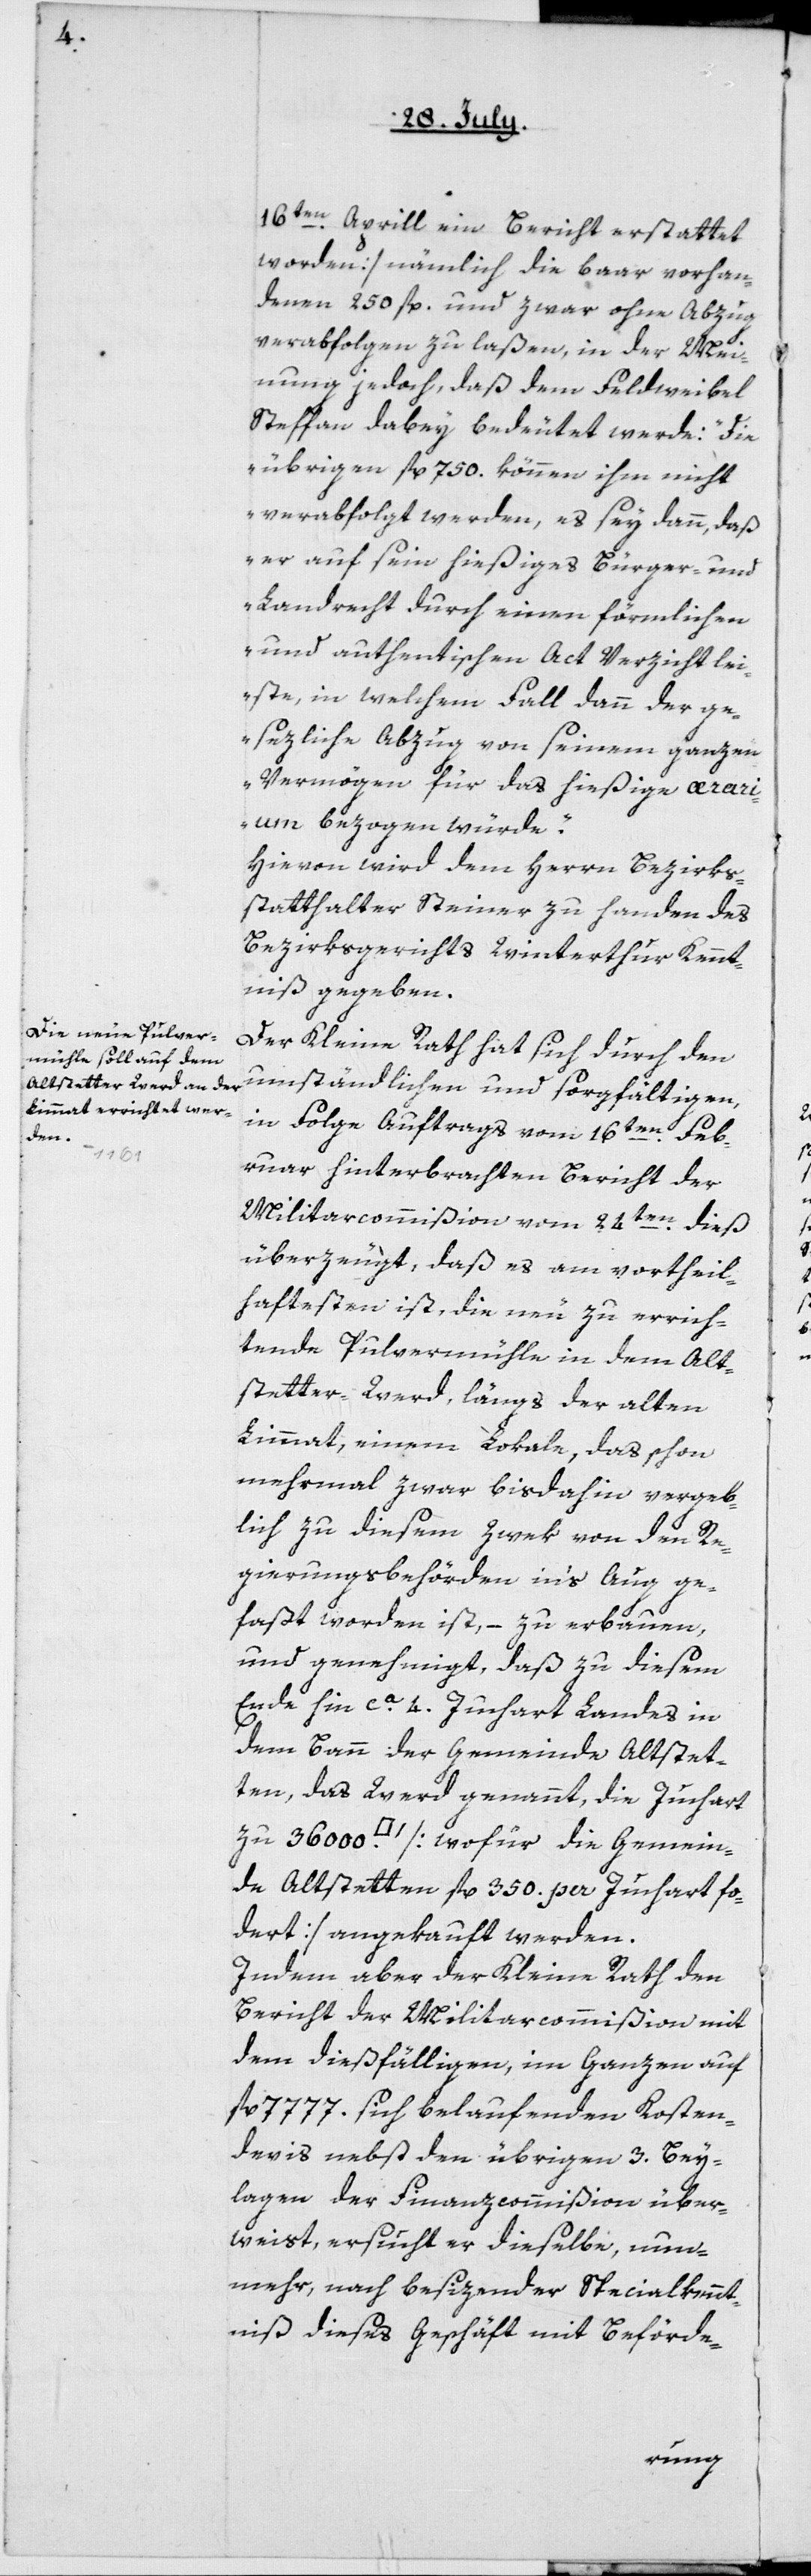
16ten Aprill ein Bericht erstattet
worden] nämmlich die baar vorhan¬
denen 250 fl., und zwar ohne Abzug
verabfolgen zu laßen, in der Mei¬
nung jedoch, daß dem Feldweibel
Steffan dabey bedeutet werde: „Die
übrigen fl. 750. können ihm nicht
verabfolgt werden, es sey dann, daß
er auf sein hießiges Bürger- und
Landrecht durch einen förmlichen
und authentischen Act Verzicht lei¬
ste, in welchem Fall dann der ge¬
sezliche Abzug von seinem ganzen
Vermögen für das hießige ærariu¬
m bezogen würde“.
Hievon wird dem Herrn Bezirks¬
statthalter Steiner zu Handen des
Bezirksgerichts Winterthur Kennt¬
niß gegeben.
Der Kleine Rath hat sich durch den
umständlichen und sorgfältigen,
in Folge Auftrags vom 16ten Feb¬
ruar hinterbrachten Bericht der
Militarcommißion vom 24sten dieß
überzeugt, daß es am vortheil¬
haftetsten ist, die neu zu errich¬
tende Pulvermühle in dem Alt¬
stetter-Werd, längs der alten
Limmat, einem Lokale, das schon
mehrmal zwar bisdahin vergeb¬
lich zu diesem Zwek von den Re¬
gierungsbehörden in’s Aug ge¬
faßt worden ist, – zu erbauen,
und genehmigt, daß zu diesem
Ende hin ca 4 Juchart Landes in
dem Bann der Gemeinde Altstet¬
ten, das Werd genannt, die Juchart
zu 36 000 [Quadratfuß] [wofür die Gemein¬
de Altstetten fl. 350 per Juchart for¬
dert] angekauft werden.
Indem aber der Kleine Rath den
Bericht der Militarcommißion mit
dem dießfälligen, im Ganzen auf
fl. 7777 sich belaufenden Kosten¬
devis nebst den übrigen 3. Bey¬
lagen der Finanzcommißion über¬
weist, ersucht er dieselbe, nun¬
mehr, nach besizender Specialkennt¬
niß dieses Geschäft mit Beförde-